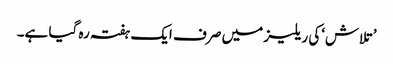
’تلاش‘کی ریلیز میں صرف ایک ہفتہ رہ گیا ہے۔